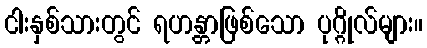
ငါးနှစ်သားတွင် ရဟန္တာဖြစ်သော ပုဂ္ဂိုလ်များ။